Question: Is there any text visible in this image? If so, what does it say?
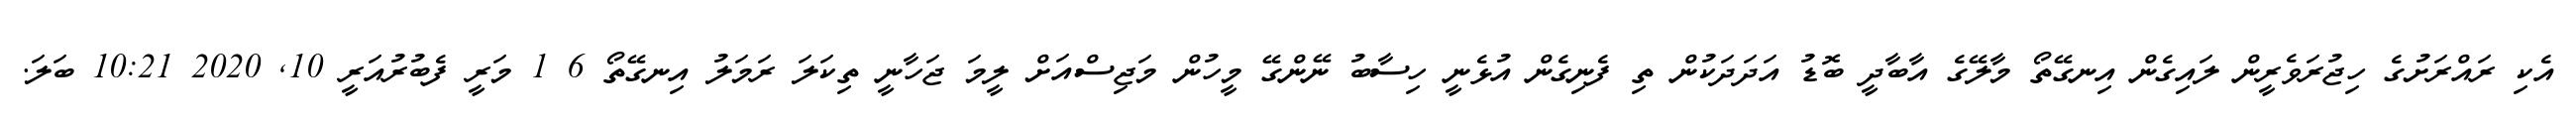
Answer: އެކި ރައްރަށުގެ ހިޖުރަވެރީން ލައިގެން އިނގޭތޯ މާލޭގެ އާބާދީ ބޮޑު އަދަދަކުން ތި ފެނިގެން އުޅެނީ ހިސާބު ނޭންގޭ މީހުން މަޖިސްއަށް ލީމަ ޖަހާނީ ތިކަލަ ރަމަލު އިނގޭތޯ 6 1 މަރީ ފެބުރުއަރީ 10, 2020 10:21 ބަލަ.